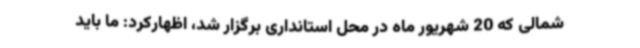
شمالی که 20 شهریور ماه در محل استانداری برگزار شد، اظهارکرد: ما باید